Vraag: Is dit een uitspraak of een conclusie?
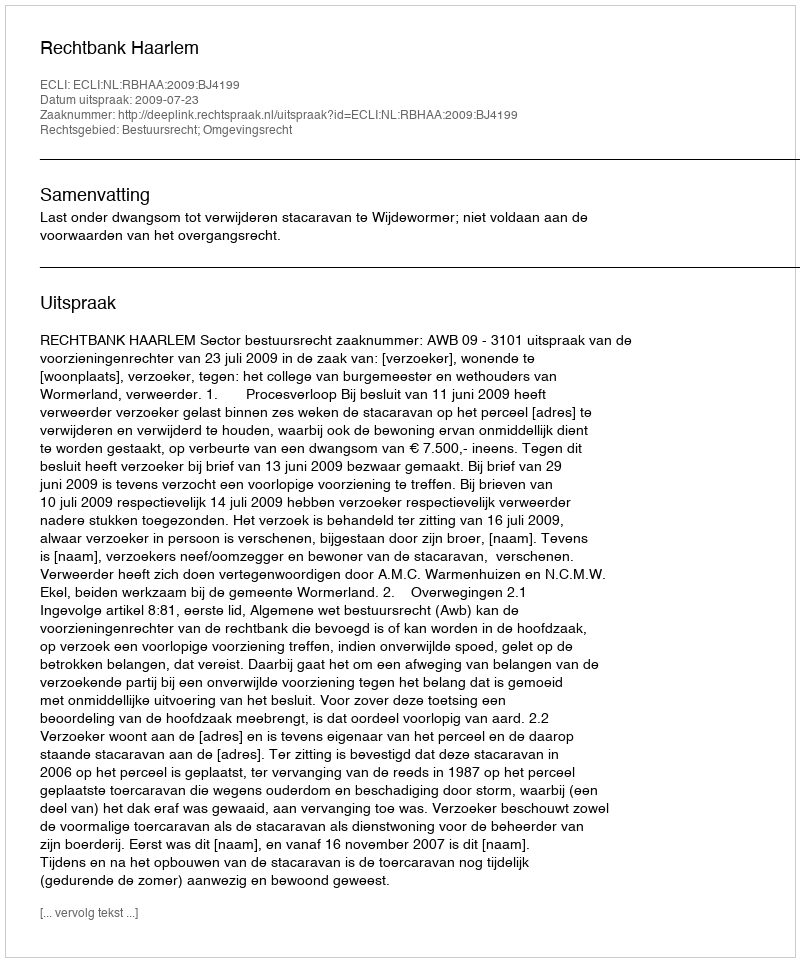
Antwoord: Uitspraak